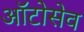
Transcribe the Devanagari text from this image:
ऑटोसेव